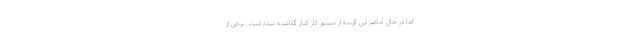
اما در حال حاضر این گزینه از دستور کار کنار گذاشته شده است. برخی از